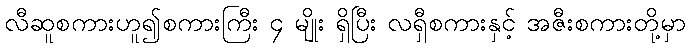
လီဆူစကားဟူ၍စကားကြီး ၄ မျိုး ရှိပြီး လရှီစကားနှင့် အဇီးစကားတို့မှာ